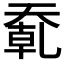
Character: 𰋮